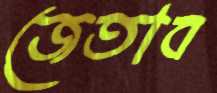
জেতাব